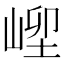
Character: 𡹥